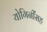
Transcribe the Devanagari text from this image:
योगिनींसह